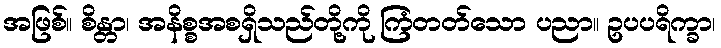
အဖြစ်။ စိန္တာ၊ အနိစ္စအစရှိသည်တို့ကို ကြံတတ်သော ပညာ။ ဥပပရိက္ခာ၊